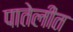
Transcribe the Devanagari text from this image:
पातेलीत